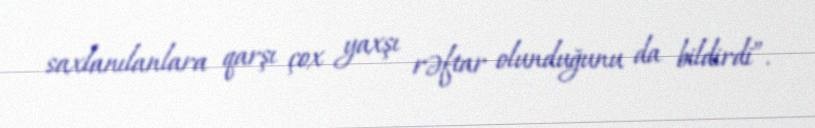
saxlanılanlara qarşı çox yaxşı rəftar olunduğunu da bildirdi”.